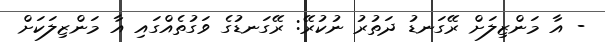
- އާ މަންޒިލަށް ރޭގަނޑު ދަތުރު ނުކުރޭ: ރޭގަނޑުގެ ވަގުތެއްގައި އާ މަންޒިލަކަށް